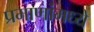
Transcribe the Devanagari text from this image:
प्रमाणांमध्ये